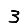
Digit: 3